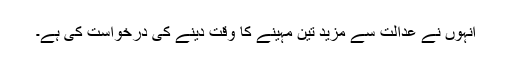
انہوں نے عدالت سے مزید تین مہینے کا وقت دینے کی درخواست کی ہے۔